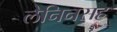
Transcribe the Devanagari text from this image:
लेनिनसह